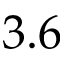
3 . 6